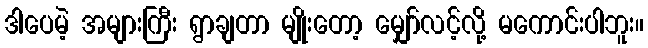
ဒါပေမဲ့ အများကြီး ရွာချတာ မျိုးတော့ မျှော်လင့်လို့ မကောင်းပါဘူး။